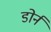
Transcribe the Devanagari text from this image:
डोर्न